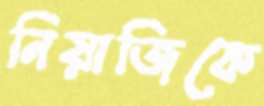
নিয়াজিকে